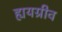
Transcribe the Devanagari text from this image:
ह्ययग्रीव